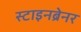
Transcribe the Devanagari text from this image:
स्टाइनब्रेनर